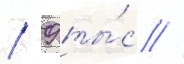
/ 9 ты́с //